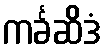
ကင်္ခဆိဒံ